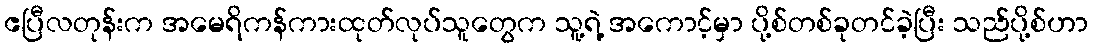
ဧပြီလတုန်းက အမေရိကန်ကားထုတ်လုပ်သူတွေက သူ့ရဲ့ အကောင့်မှာ ပို့စ်တစ်ခုတင်ခဲ့ပြီး သည်ပို့စ်ဟာ